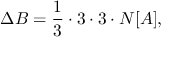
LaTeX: \Delta B = \frac { 1 } { 3 } \cdot 3 \cdot 3 \cdot N [ A ] ,